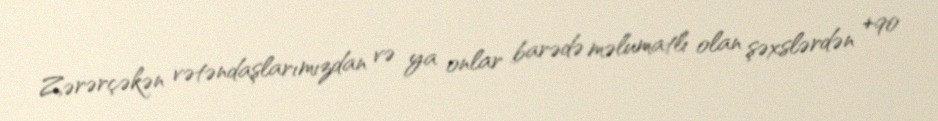
Zərərçəkən vətəndaşlarımızdan və ya onlar barədə məlumatlı olan şəxslərdən +90